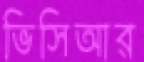
ভিসিআর